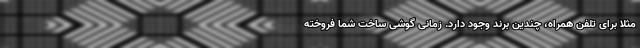
مثلا برای تلفن همراه، چندین برند وجود دارد. زمانی گوشی ساخت شما فروخته